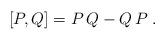
LaTeX: \begin{align*}[ P , Q ] = P \, Q - Q \, P \; . \end{align*}